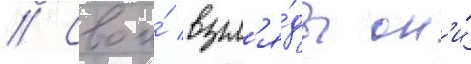
// Свои́ взгл'я́ды он'и́